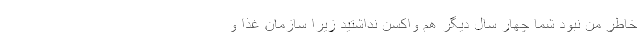
خاطر من نبود شما چهار سال دیگر هم واکسن نداشتید زیرا سازمان غذا و